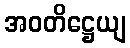
အဝတိဋ္ဌေယျ